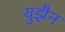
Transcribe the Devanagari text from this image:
युझैन